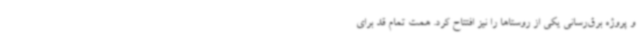
و پروژه برق‌رسانی یکی از روستاها را نیز افتتاح کرد. همت تمام قد برای